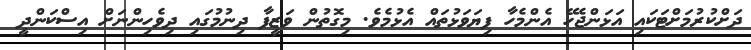
ދަށްކުރުމަށްޓަކައި އަޅަންޖެހޭ އެންމެހާ ފިޔަވަޅުތައް އެޅުމެވެ. މިގޮތުން ވަޒީފާ ދިނުމުގައި ދިވެހިންނަށް އިސްކަންދީ